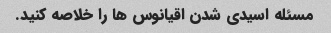
مسئله اسیدی شدن اقیانوس ها را خلاصه کنید.